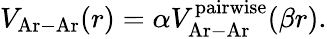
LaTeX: V_{\mathrm{Ar-Ar}}(r)=\alpha V_{\mathrm{Ar-Ar}}^{\mathrm{pairwise}}(\beta r).